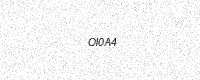
Text: OI0A4